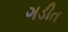
ગડીત